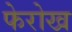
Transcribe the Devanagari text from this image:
फेरोख